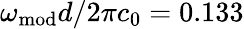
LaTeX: \omega_{\mathrm{mod}}d/2\pi c_{0}=0.133